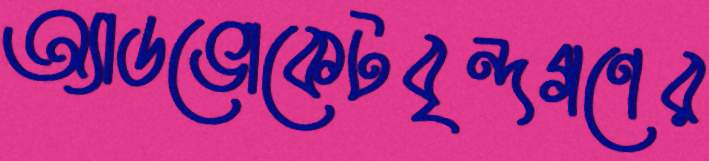
অ্যাডভোকেটবৃন্দগণের